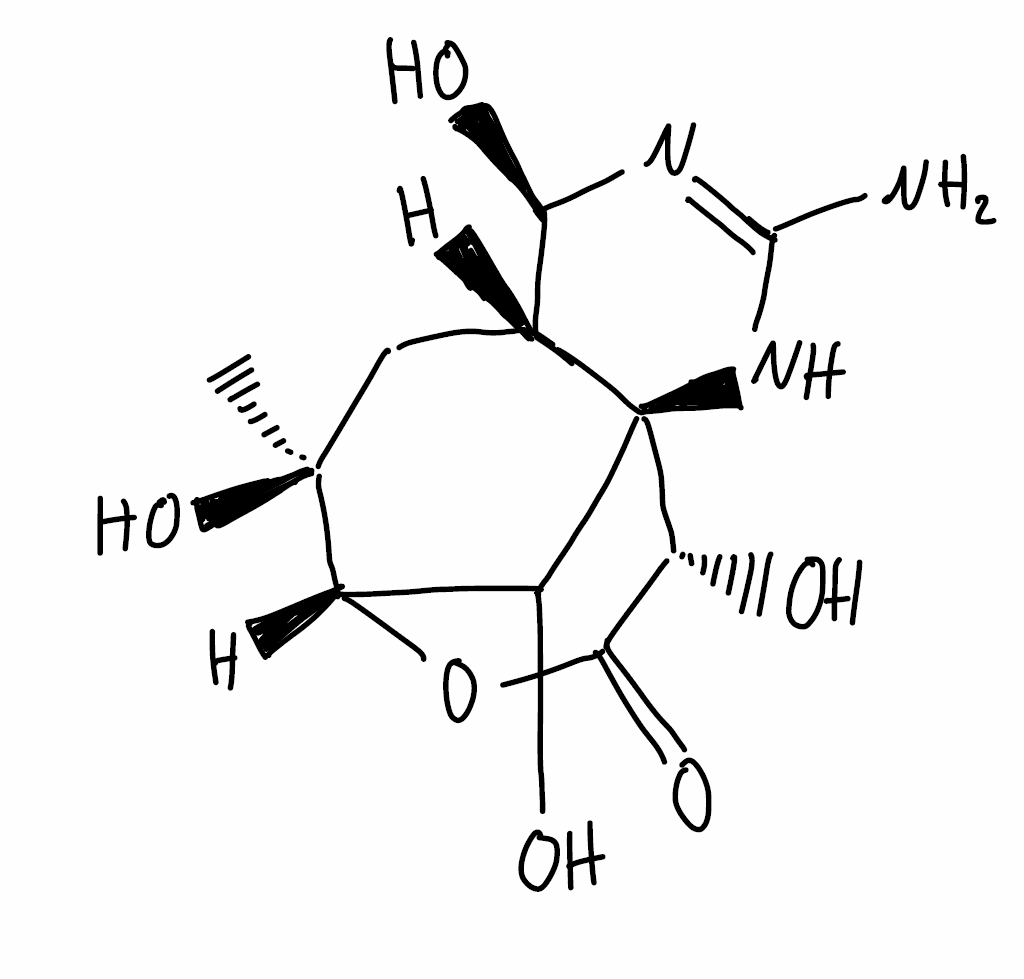
Simplified molecular-input line-entry system (SMILES) notation of the given molecule:
C[C@@]1(C[C@@H]2[C@H](N=C(N[C@]23[C@@H](C(=O)O[C@H]1C3O)O)N)O)O